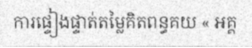
ការផ្ទៀងផ្ទាត់តម្លៃគិតពន្ធគយ « អគ្គ